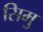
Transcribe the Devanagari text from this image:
सिमु